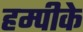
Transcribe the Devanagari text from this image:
हम्पीके